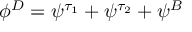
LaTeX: \phi ^ { D } = \psi ^ { \tau _ { 1 } } + \psi ^ { \tau _ { 2 } } + \psi ^ { B }